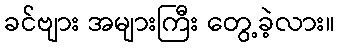
ခင်ဗျား အများကြီး တွေ့ခဲ့လား။